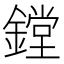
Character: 鏜